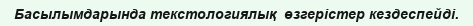
Басылымдарында текстологиялық  өзгерістер кездеспейді.